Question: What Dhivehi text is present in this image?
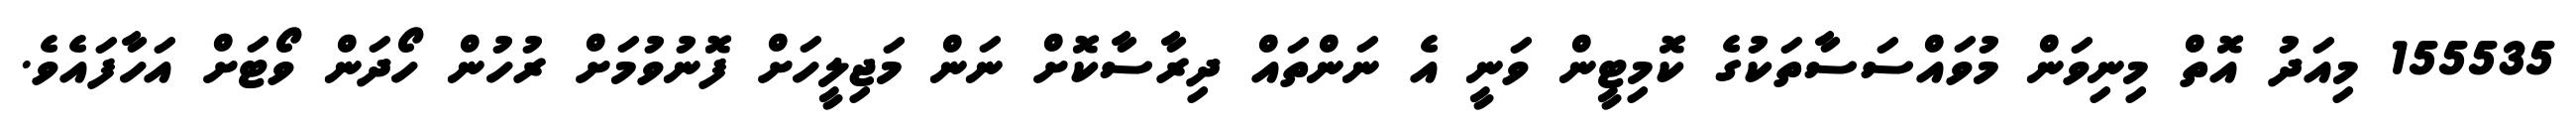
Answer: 155535 މިއަދު އޮތް މިނިވަން މުވައްސަސާތަކުގެ ކޮމިޓީން ވަނީ އެ ނަންތައް ދިރާސާކޮށް ނަން މަޖިލީހަށް ފޮނުވުމަށް ރުހުން ހޯދަން ވޯޓަށް އަހާފައެވެ.